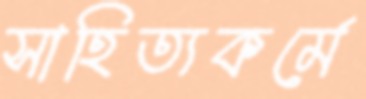
সাহিত্যকর্মে